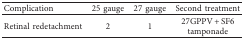
| Complication | 25 gauge | 27 gauge | Second treatment |
 | --- | --- | --- | --- |
 | Retinal redetachment | 2 | 1 | 27GPPV + SF6 tamponade |